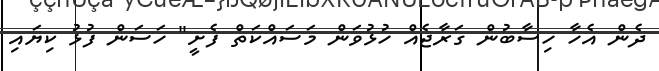
ދެން އެހާ ހިސާބުން ގަރާޖެއް ހުޅުވަން މަސައްކަތް ފެށީ" ހަސަން ފުޅު ކިޔައި